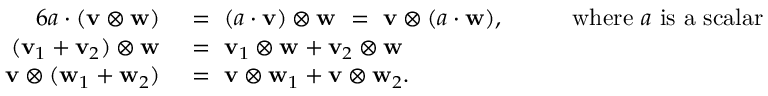
{ \begin{array} { r l r l } { { 6 } a \cdot ( \mathbf { v } \otimes \mathbf { w } ) ~ } & { = ~ ( a \cdot \mathbf { v } ) \otimes \mathbf { w } ~ = ~ \mathbf { v } \otimes ( a \cdot \mathbf { w } ) , } & & { ~ ~ { \mathrm { ~ w h e r e ~ } } a { \mathrm { ~ i s ~ a ~ s c a l a r } } } \\ { ( \mathbf { v } _ { 1 } + \mathbf { v } _ { 2 } ) \otimes \mathbf { w } ~ } & { = ~ \mathbf { v } _ { 1 } \otimes \mathbf { w } + \mathbf { v } _ { 2 } \otimes \mathbf { w } } & & { } \\ { \mathbf { v } \otimes ( \mathbf { w } _ { 1 } + \mathbf { w } _ { 2 } ) ~ } & { = ~ \mathbf { v } \otimes \mathbf { w } _ { 1 } + \mathbf { v } \otimes \mathbf { w } _ { 2 } . } & & { } \end{array} }